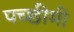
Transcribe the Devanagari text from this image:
पच्छीमी